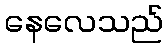
နေလေသည်